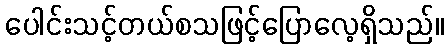
ပေါင်းသင့်တယ်စသဖြင့်ပြောလေ့ရှိသည်။